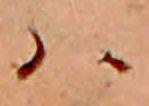
ハ